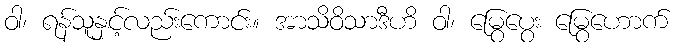
ဝါ၊ ရန်သူနှင့်လည်းကောင်း။ အာသိဝိသာဒီဟိ ဝါ၊ မြွေပွေး မြွေဟောက်